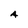
Character: A